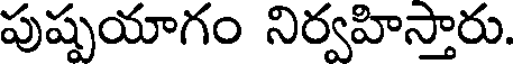
పుష్పయాగం నిర్వహిస్తారు.